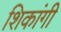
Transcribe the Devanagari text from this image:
शिकांगी